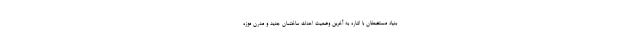
بنیاد مستضعفان با اشاره به آخرین وضعیت احداث ساختمان جدید و مدرن موزه